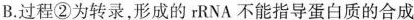
B.过程②为转录，形成的rRNA不能指导蛋白质的合成